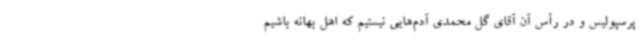
پرسپولیس و در رأس آن آقای گل محمدی آدم‌هایی نیستیم که اهل بهانه باشیم